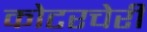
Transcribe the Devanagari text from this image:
कोटरचेरी